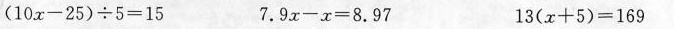
$$( 1 0 x - 2 5 ) ÷5 = 1 5$$ $$7 . 9 x - x = 8 . 9 7$$ $$1 3 ( x + 5 ) = 1 6 9$$